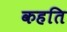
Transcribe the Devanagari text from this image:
कहति